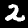
Digit: 2